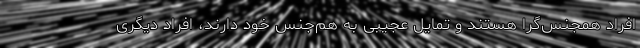
افراد همجنس‌گرا هستند و تمایل عجیبی به هم‌جنس خود دارند، افراد دیگری